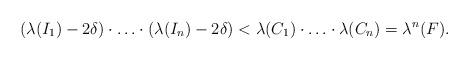
LaTeX: \begin{align*}(\lambda(I_1) - 2\delta) \cdot \ldots \cdot (\lambda(I_n) - 2\delta) < \lambda(C_1) \cdot \ldots \cdot \lambda(C_n) = \lambda^n(F).\end{align*}